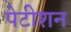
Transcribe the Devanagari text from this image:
पेटीशन